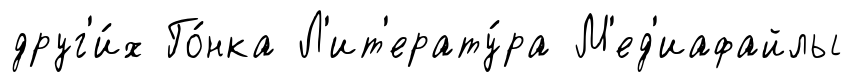
друг'и́х Го́нка Л'ит'ерату́ра М'ед'иафайлы